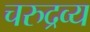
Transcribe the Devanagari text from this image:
चरुद्रव्य